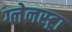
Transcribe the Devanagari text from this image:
ग्लेनस्ट्रा